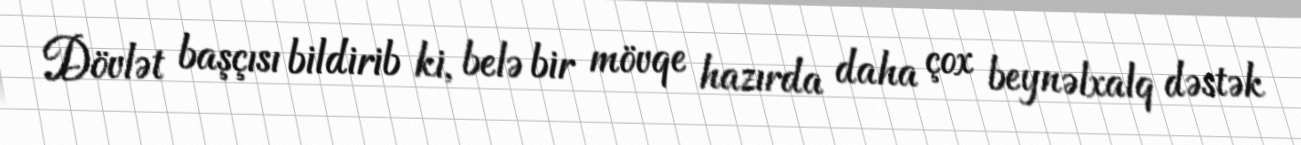
Dövlət başçısı bildirib ki, belə bir mövqe hazırda daha çox beynəlxalq dəstək